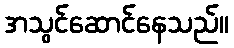
အသွင်ဆောင်နေသည်။